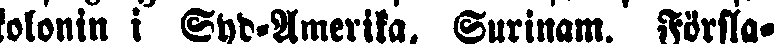
kolonin i Syd-Amerika, Surinam. Försla-